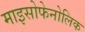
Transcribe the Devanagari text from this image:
माइसोफेनोलिक